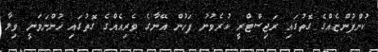
ކުންފުންޏެއްގެ ގޮތުގައި ރަޖިސްޓްރީ ކުރެވުނު ފަހުން އޭނާގެ ވެރިއެއްގެ ގޮތުގައި ހުންނަވަނީ ވިލާ